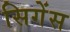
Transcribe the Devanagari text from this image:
सिगेंस